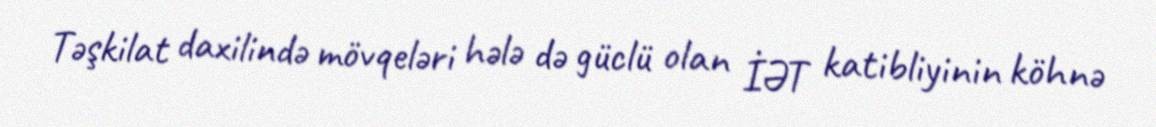
Təşkilat daxilində mövqeləri hələ də güclü olan İƏT katibliyinin köhnə